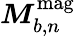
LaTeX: \boldsymbol{M}_{b,n}^{\mathrm{mag}}